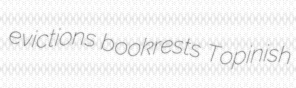
evictions bookrests Topinish